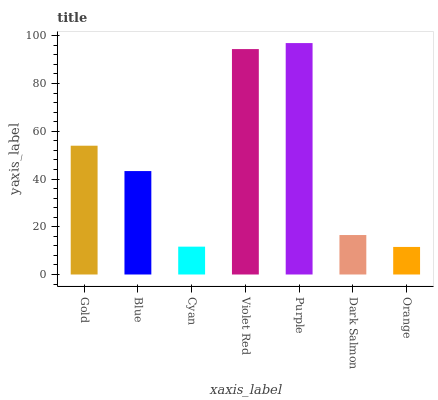
| xaxis_label | bars |
 | --- | --- |
 | Gold | 54 |
 | Blue | 43.3 |
 | Cyan | 11.7 |
 | Violet Red | 94.4 |
 | Purple | 96.9 |
 | Dark Salmon | 16.5 |
 | Orange | 11.5 |